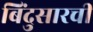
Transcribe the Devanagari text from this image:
बिंदुसारची